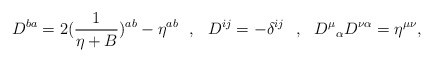
\begin{align*}D^{ba}=2({1\over\eta+B})^{ab}-\eta^{ab}\,\,\,\,,\,\,\,\,D^{ij}=-\delta^{ij}\,\,\,\,,\,\,\,\,{D^{\mu}}_\alpha D^{\nu\alpha}=\eta^{\mu\nu},\end{align*}